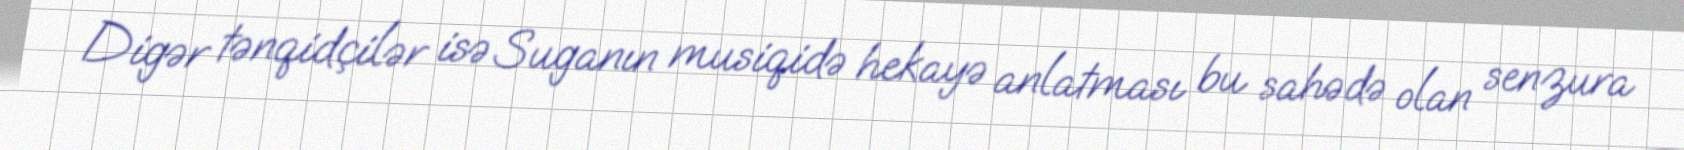
Digər tənqidçilər isə Suganın musiqidə hekayə anlatması bu sahədə olan senzura